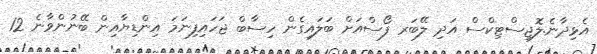
އެޅިދާނެ.ލޮޖިސްޓިކްސް އަދި ލޭބަރ ފޯސްއަށް ބަލައިގެން ހިސާބް ޖަހައިފިނަމަ އިންޑިޔާއިން ބޭނުންވާނެ 12